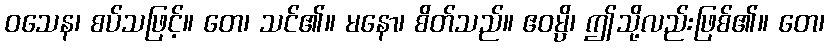
ဝသေန၊ စပ်သဖြင့်။ တေ၊ သင်၏။ မနော၊ စိတ်သည်။ ဧဝမ္ပိ၊ ဤသို့လည်းဖြစ်၏။ တေ၊